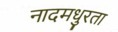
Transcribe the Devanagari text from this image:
नादमधुरता